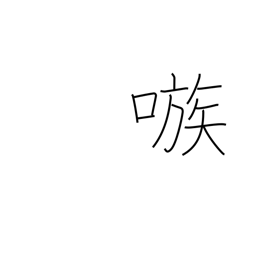
Meaning: egg on